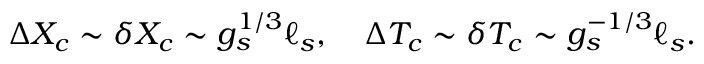
\Delta X _ { c } \sim \delta X _ { c } \sim g _ { s } ^ { 1 / 3 } \ell _ { s } , \quad \Delta T _ { c } \sim \delta T _ { c } \sim g _ { s } ^ { - 1 / 3 } \ell _ { s } .